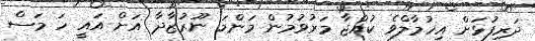
ދަރިފުޅަށް އިހުމާލްވެ ކުއްޖާ މަރުވުމުން މަންމަ ނޫރުޒާދާ އަށް އައީ ހަ މަސް